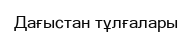
Дағыстан тұлғалары